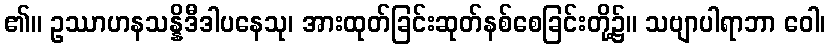
၏။ ဥဿာဟနသန္နိဒီဒါပနေသု၊ အားထုတ်ခြင်းဆုတ်နစ်စေခြင်းတို့၌။ သဗျာပါရာဘာ ဝေါ၊